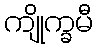
ကျိုက္ခမီ